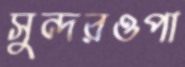
সুন্দরওপা